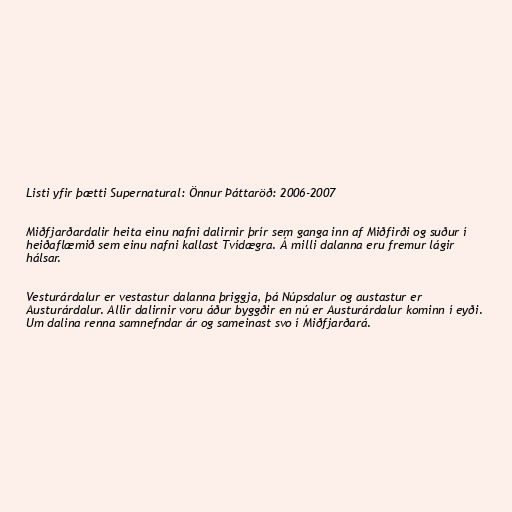
Listi yfir þætti Supernatural: Önnur Þáttaröð: 2006-2007

Miðfjarðardalir heita einu nafni dalirnir þrír sem ganga inn af Miðfirði og suður í
heiðaflæmið sem einu nafni kallast Tvídægra. Á milli dalanna eru fremur lágir
hálsar.

Vesturárdalur er vestastur dalanna þriggja, þá Núpsdalur og austastur er
Austurárdalur. Allir dalirnir voru áður byggðir en nú er Austurárdalur kominn í eyði.
Um dalina renna samnefndar ár og sameinast svo í Miðfjarðará.